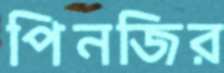
পিনজির